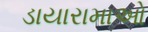
ડાયારામાઓ